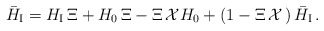
\begin{align*}{\bar H}_{\mbox{\scriptsize I}}=H_{\mbox{\scriptsize I}}\,\Xi+H_{0}\,{\Xi}-\Xi\,{\cal X}H_{0}+\left(1-\Xi\,{\cal X}\,\right){\bar H}_{\mbox{\scriptsize I}}\,.\end{align*}